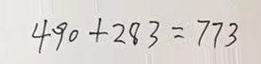
4 9 0 + 2 8 3 = 7 7 3